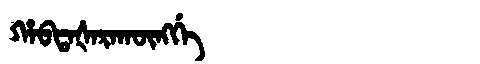
Manchu: ᡥᠠᠪᡨᠠᡧᠠᡵᠠᡴᡡᠩᡤᡝ
Romanization: HABTAŠARAKŪNGGE